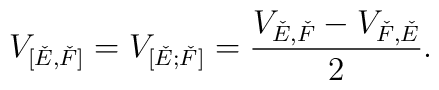
V_{[\check{E},\check{F}]} = V_{[\check{E};\check{F}]} =\frac{V_{\check{E},\check{F}} - V_{\check{F},\check{E}}}{2}.